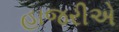
હાજરીએ